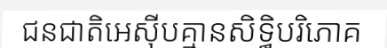
ជនជាតិអេស៊ីបគ្មានសិទ្ធិបរិភោគ